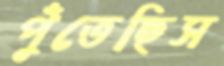
পুঁতেছিস